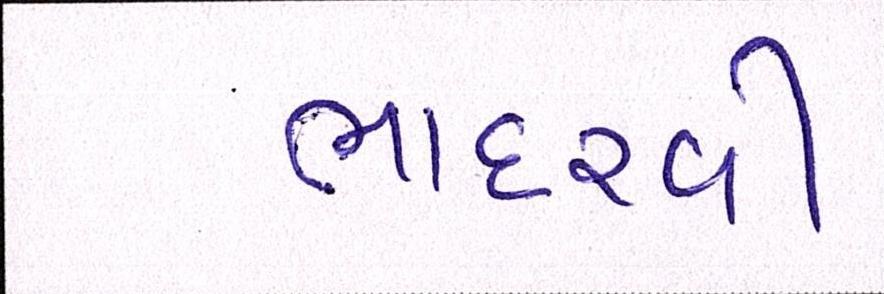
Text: ભાદરવી